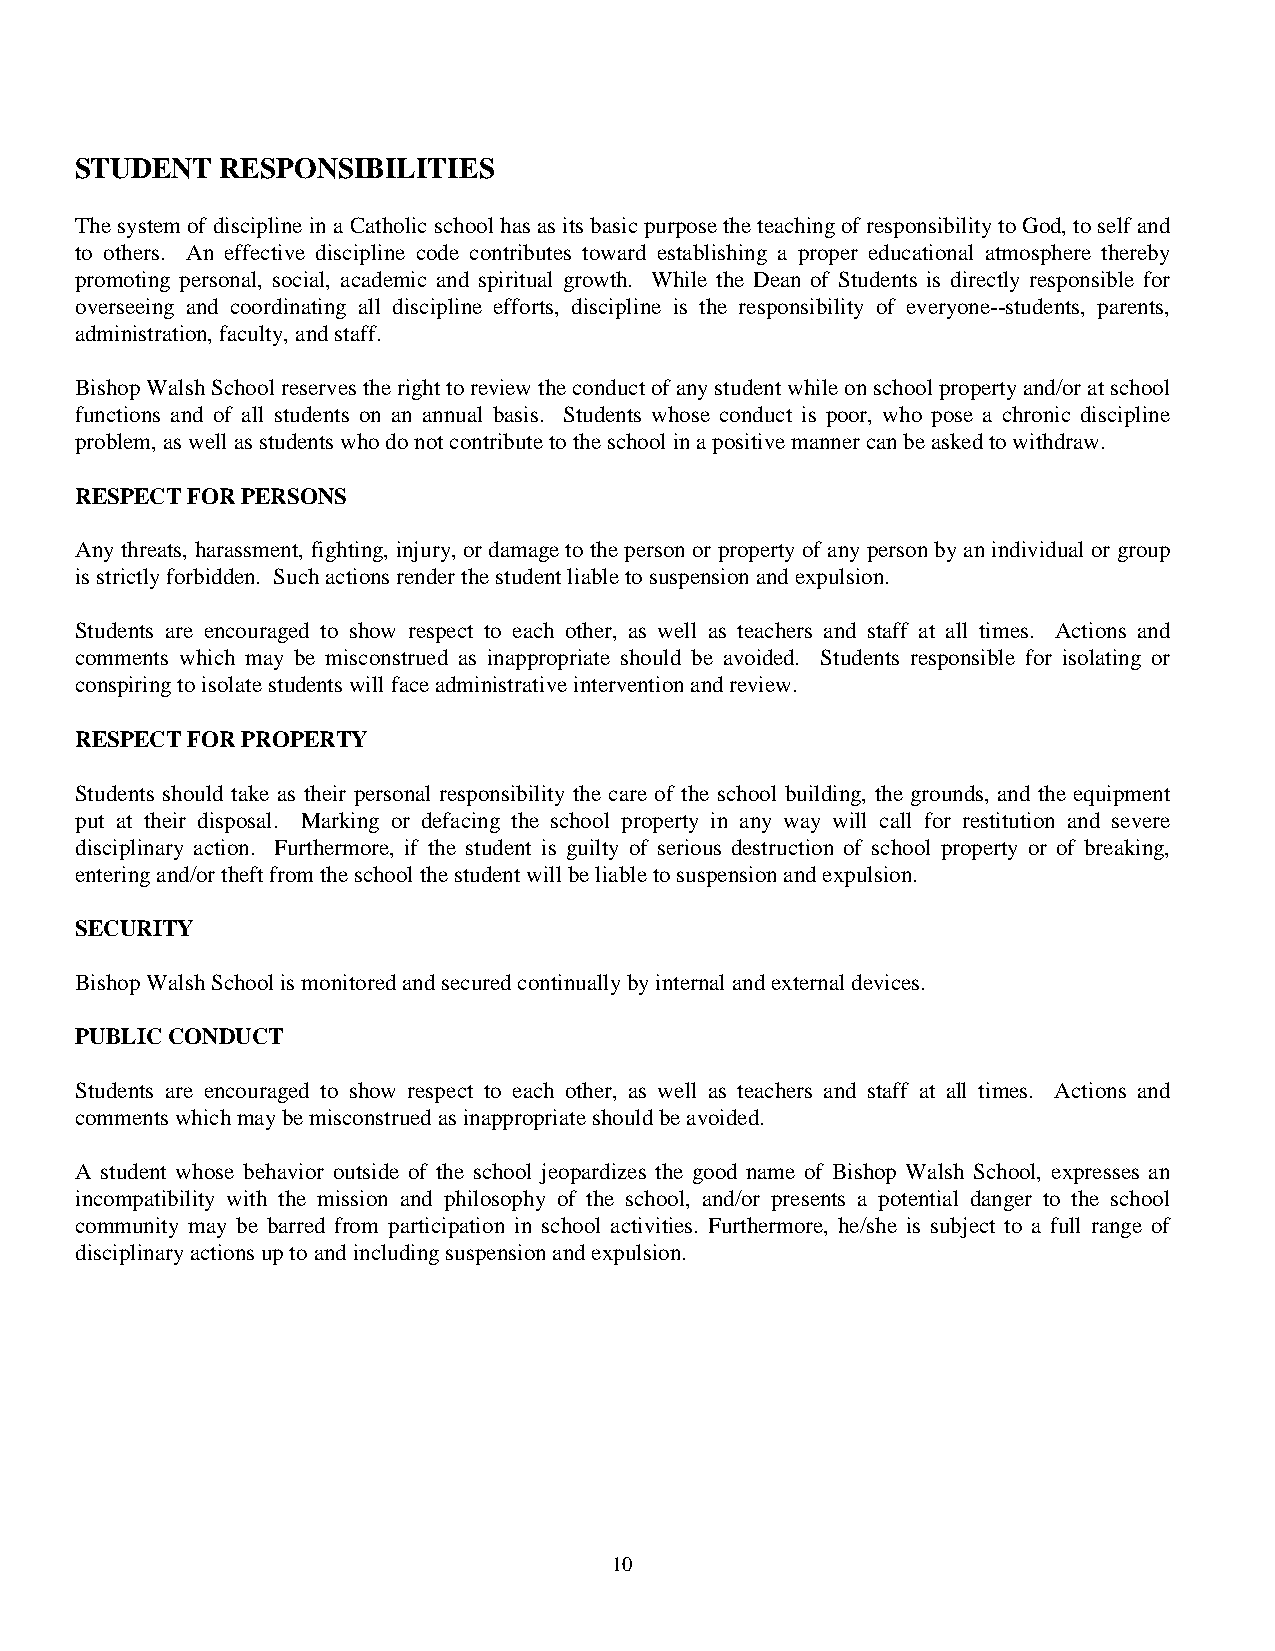
STUDENT   RESPONSIBILITIES
 The system of discipline in a Catholic school has as its basic purpose the teaching of responsibility to God, to self and
 to others. An effective discipline code contributes toward establishing a proper educational atmosphere thereby
 promoting personal, social, academic and spiritual growth. While the Dean of Students is directly responsible for
 overseeing and coordinating all discipline efforts, discipline is the responsibility of everyone--students, parents,
 administration, faculty, and staff.
 Bishop Walsh School reserves the right to review the conduct of any student while on school property and/or at school
 functions and of all students on an annual basis. Students whose conduct is poor, who pose a chronic discipline
 problem, as well as students who do not contribute to the school in a positive manner can be asked to withdraw.
 RESPECT FOR PERSONS
 Any threats, harassment, fighting, injury, or damage to the person or property of any person by an individual or group
 is strictly forbidden. Such actions render the student liable to suspension and expulsion.
 Students are encouraged to show respect to each other, as well as teachers and staff at all times. Actions and
 comments which may be misconstrued as inappropriate should be avoided. Students responsible for isolating or
 conspiring to isolate students will face administrative intervention and review.
 RESPECT FOR PROPERTY
 Students should take as their personal responsibility the care of the school building, the grounds, and the equipment
 put at their disposal. Marking or defacing the school property in any way will call for restitution and severe
 disciplinary action. Furthermore, if the student is guilty of serious destruction of school property or of breaking,
 entering and/or theft from the school the student will be liable to suspension and expulsion.
 SECURITY
 Bishop Walsh School is monitored and secured continually by internal and external devices.
 PUBLIC CONDUCT
 Students are encouraged to show respect to each other, as well as teachers and staff at all times. Actions and
 comments which may be misconstrued as inappropriate should be avoided.
 A student whose behavior outside of the school jeopardizes the good name of Bishop Walsh School, expresses an
 incompatibility with the mission and philosophy of the school, and/or presents a potential danger to the school
 community may be barred from participation in school activities. Furthermore, he/she is subject to a full range of
 disciplinary actions up to and including suspension and expulsion.
 10